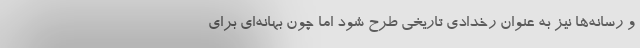
و رسانه‌ها نیز به عنوان رخدادی تاریخی طرح شود اما چون بهانه‌ای برای